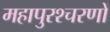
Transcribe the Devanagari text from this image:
महापुरश्चरणों